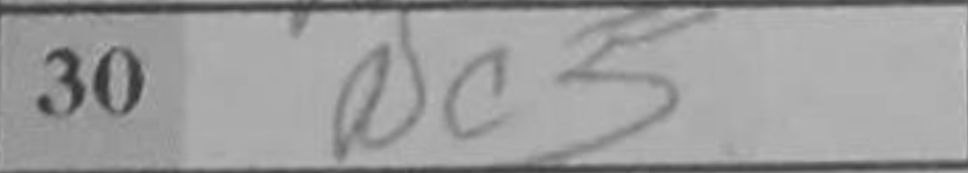
Transcription: Nc5